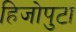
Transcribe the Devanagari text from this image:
हिजोपुटा